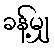
ခန့်မျှ